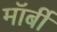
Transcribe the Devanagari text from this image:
मॉर्बी